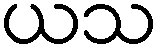
ယသ